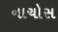
નાચોસ